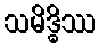
သမိဒ္ဓိဿ